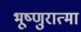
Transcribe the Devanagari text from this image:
भूष्णुरात्मा